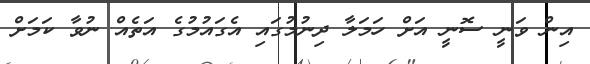
އިން ވަނީ ސޮނީ އަށް ހަމަލާ ދިނުމުގައި އެގައުމުގެ އަތެއް ނުވާ ކަމަށް